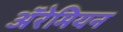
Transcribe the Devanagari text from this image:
अॅरेमियन